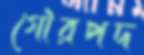
গৌরপদ